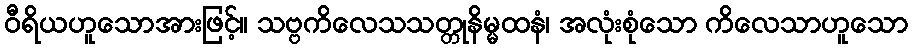
ဝီရိယဟူသောအားဖြင့်။ သဗ္ဗကိလေသသတ္တုနိမ္မထနံ၊ အလုံးစုံသော ကိလေသာဟူသော